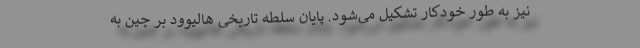
نیز به طور خودکار تشکیل می‌شود. پایان سلطه تاریخی هالیوود بر چین به